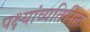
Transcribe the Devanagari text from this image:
पक्ष्यांव्यतिरिक्त